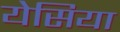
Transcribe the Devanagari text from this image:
येसिया